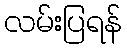
လမ်းပြရန်